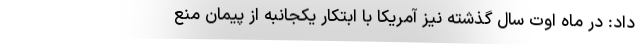
داد: در ماه اوت سال گذشته نیز آمریکا با ابتکار یکجانبه از پیمان منع